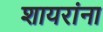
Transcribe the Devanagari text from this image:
शायरांना